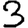
Digit: 3